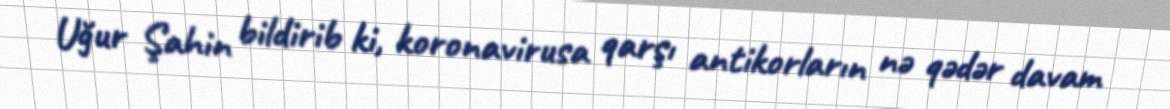
Uğur Şahin bildirib ki, koronavirusa qarşı antikorların nə qədər davam